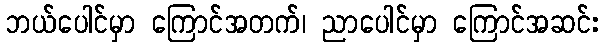
ဘယ်ပေါင်မှာ ကြောင်အတက်၊ ညာပေါင်မှာ ကြောင်အဆင်း